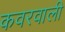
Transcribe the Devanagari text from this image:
कवरवाली